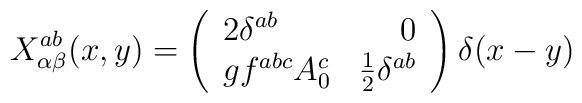
X_{\alpha\beta}^{ab}(x,y) = \left(\begin{array}{lr}2\delta^{ab} & 0\nonumber \\ gf^{abc}A_0^c & \frac{1}{2}\delta^{ab}\nonumber\end{array} \right)\delta(x-y)